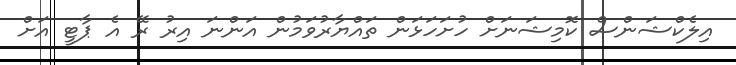
އިލެކްޝަންސް ކޮމިޝަނަށް ހުށަހަޅަން ތައްޔާރުވަމުން އަންނަ އިރު ރޭ އެ ޕާޓީ އަށް